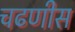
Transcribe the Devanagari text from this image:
चढणीस